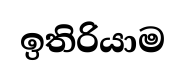
ඉතිරියාම